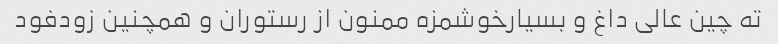
ته چین عالی داغ و بسیارخوشمزه ممنون از رستوران و همچنین زودفود